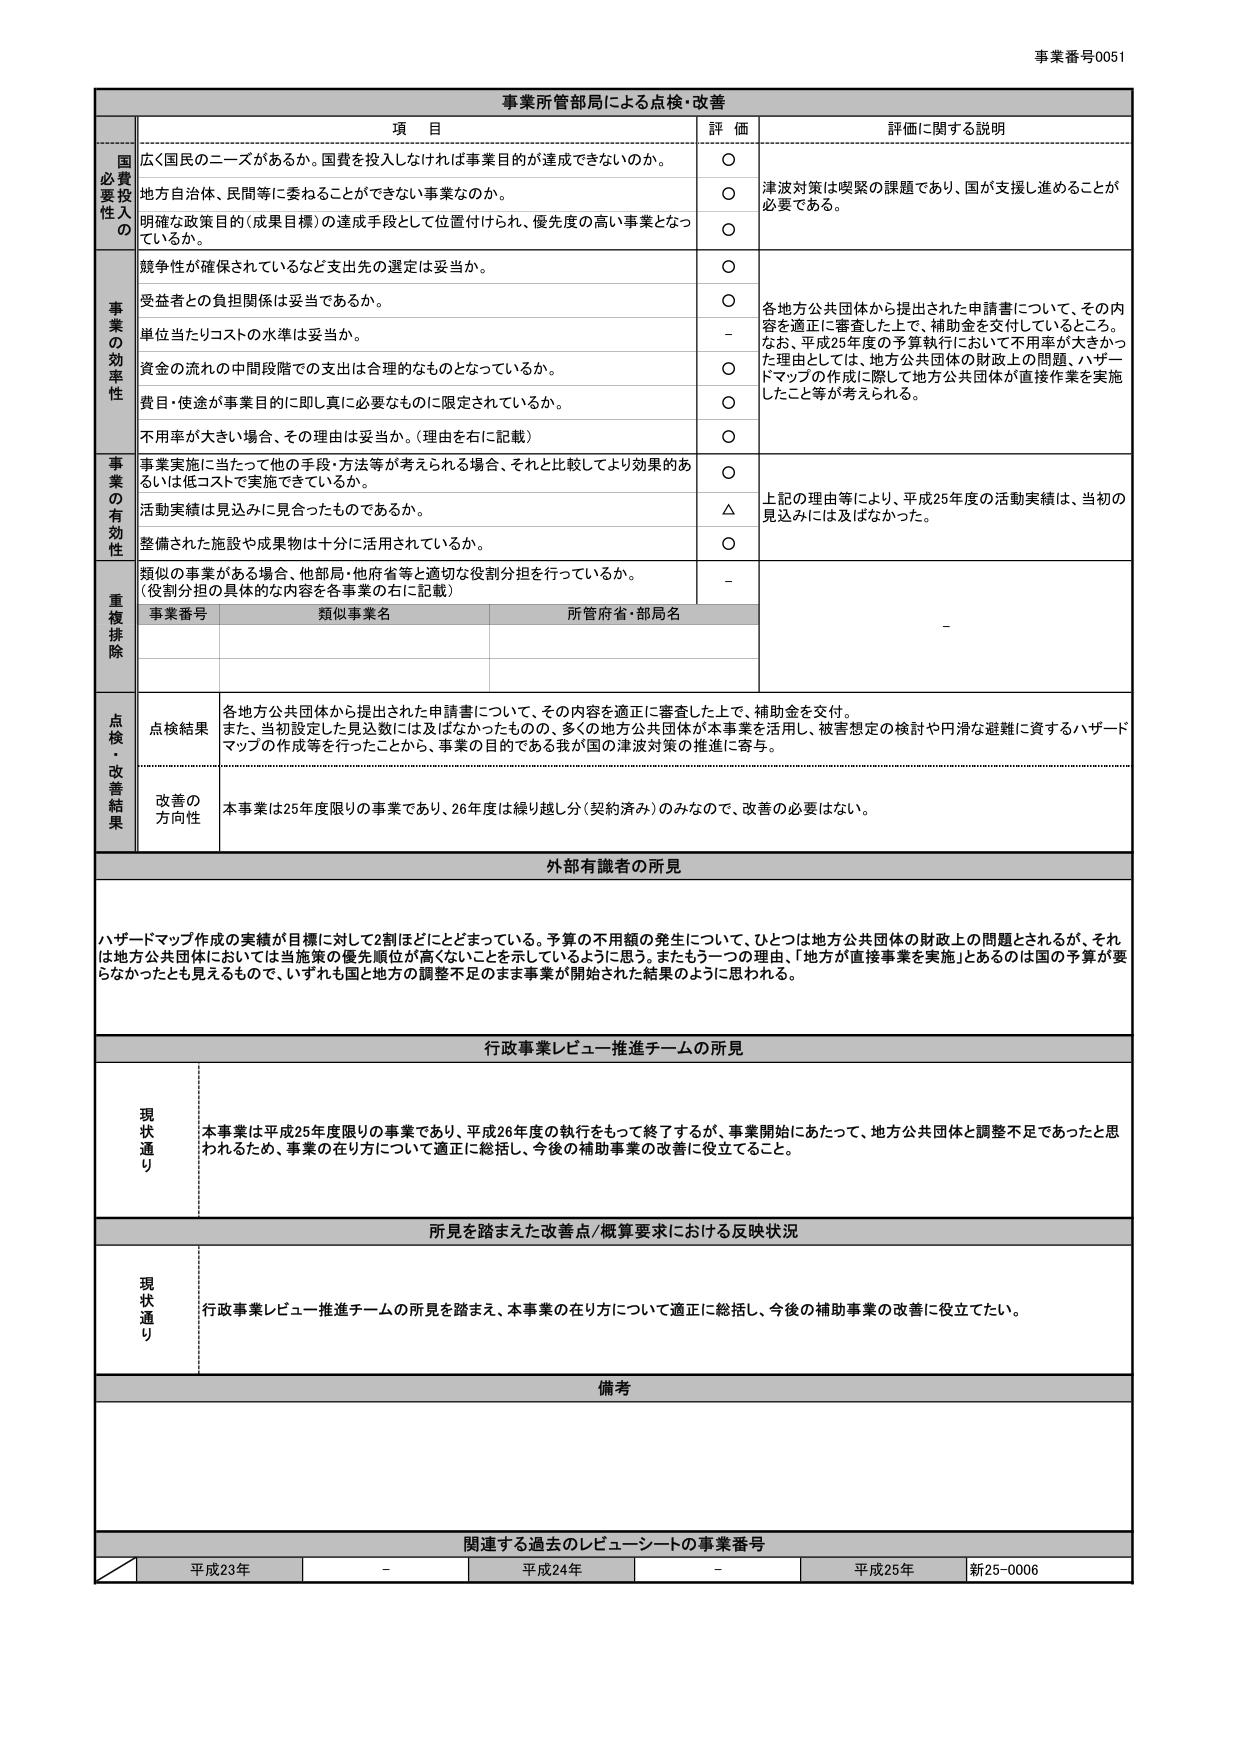
事業番号0051

事業所管部局による点検・改善

項 目 評 価 評価に関する説明

国 必要性 投入の
広く国民のニーズがあるか。国費を投入しなければ事業目的が達成できないか。 ○
地方自治体、民間等に委ねることができない事業なのか。 ○ 津波対策は喫緊の課題であり、国が支援し進めることが必要である。
明確な政策目的（成果目標）の達成手段として位置付けられ、優先度の高い事業となっているか。 ○

事 業 の 効 率 性
競争性が確保されているなど支出先の選定は妥当か。 ○
受益者との負担関係は妥当であるか。 ○ 各地方公共団体から提出された申請書について、その内容を適正に審査した上で、補助金を交付しているところ。
単位当たりコストの水準は妥当か。 － なお、平成25年度の予算執行において不用率が大きかった理由としては、地方公共団体の財政上の問題、ハザードマップの作成に際して地方公共団体が直接作業を実施したこと等が考えられる。
資金の流れの中間段階での支出は合理的なものとなっているか。 ○
費目・使途が事業目的に即し真に必要なものに限定されているか。 ○
不用率が大きい場合、その理由は妥当か。（理由を右に記載） ○

事 業 の 有 効 性
事業実施に当たって他の手段・方法等が考えられる場合、それと比較してより効果的あるいは低コストで実施できているか。 ○ 上記の理由等により、平成25年度の活動実績は、当初の見込みには及ばなかった。
活動実績は見込みに見合ったものであるか。 △
整備された施設や成果物は十分に活用されているか。 ○
類似の事業がある場合、他部局・他府省等と適切な役割分担を行っているか。（役割分担の具体的な内容を各事業の右に記載） －

重 複 排 除
事業番号 類似事業名 所管府省・部局名 －

点 検 ・ 改 善 結 果
点検結果 各地方公共団体から提出された申請書について、その内容を適正に審査した上で、補助金を交付。また、当初設定した見込数には及ばなかったものの、多くの地方公共団体が本事業を活用し、被害想定の検討や円滑な避難に資するハザードマップの作成等を行ったことから、事業の目的である我が国の津波対策の推進に寄与。

改善の方向性 本事業は25年度限りの事業であり、26年度は繰り越し分（契約済み）のみなので、改善の必要はない。

外部有識者の所見
ハザードマップ作成の実績が目標に対して2割ほどにとどまっている。予算の不用額の発生について、ひとつは地方公共団体の財政上の問題とされるが、それは地方公共団体においては当施策の優先順位が高くないことを示しているように思う。またもう一つの理由、「地方が直接事業を実施」とあるのは国の予算が要らなかったとも見えるもので、いずれも国と地方の調整不足のまま事業が開始された結果のように思われる。

行政事業レビュー推進チームの所見
現状通り 本事業は平成25年度限りの事業であり、平成26年度の執行をもって終了するが、事業開始にあたって、地方公共団体と調整不足であったと思われるため、事業の在り方について適正に総括し、今後の補助事業の改善に役立てること。

所見を踏まえた改善点/概算要求における反映状況
現状通り 行政事業レビュー推進チームの所見を踏まえ、本事業の在り方について適正に総括し、今後の補助事業の改善に役立てたい。

備考

関連する過去のレビュー・シートの事業番号
平成23年 － 平成24年 － 平成25年 新25-0006